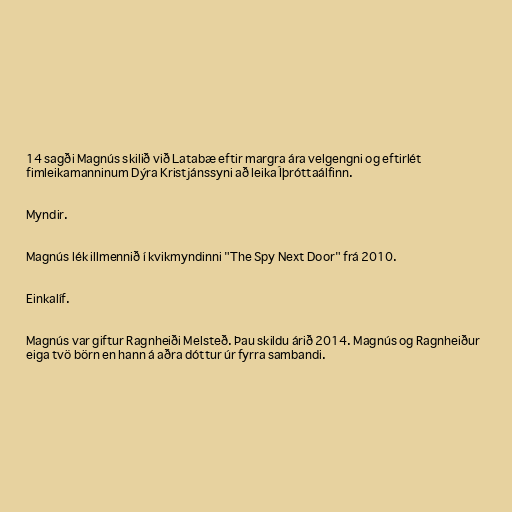
14 sagði Magnús skilið við Latabæ eftir margra ára velgengni og eftirlét
fimleikamanninum Dýra Kristjánssyni að leika Íþróttaálfinn.

Myndir.

Magnús lék illmennið í kvikmyndinni "The Spy Next Door" frá 2010.

Einkalíf.

Magnús var giftur Ragnheiði Melsteð. Þau skildu árið 2014. Magnús og Ragnheiður
eiga tvö börn en hann á aðra dóttur úr fyrra sambandi.